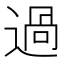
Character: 過